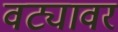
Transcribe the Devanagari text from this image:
वट्यावर